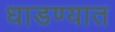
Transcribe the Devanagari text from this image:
धाडण्यात